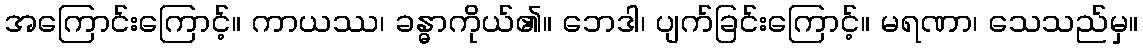
အကြောင်းကြောင့်။ ကာယဿ၊ ခန္ဓာကိုယ်၏။ ဘေဒါ၊ ပျက်ခြင်းကြောင့်။ မရဏာ၊ သေသည်မှ။